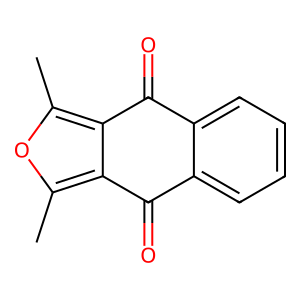
SMILES: Cc1oc(C)c2c1C(=O)c1ccccc1C2=O
Inhibits HIV replication: No